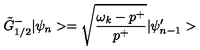
\tilde { G } _ { 1 / 2 } ^ { - } | \psi _ { n } > = \sqrt { \frac { \omega _ { k } - p ^ { + } } { p ^ { + } } } | \psi _ { n - 1 } ^ { \prime } >